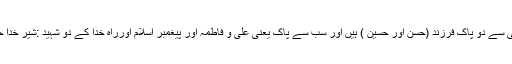
اسی خاندان سے تو پیغمبر خداہیں اور اسی سے دو پاک فرزند (حسن اور حسین ) ہیں اور سب سے پاک یعنی علی و فاطمہ اور پیغمبر اسلام اورراہِ خدا کے دو شہید :شیر خدا حمزہ اور صاحب ِعظمت حضرتِ جعفر ۔